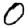
Digit: 0